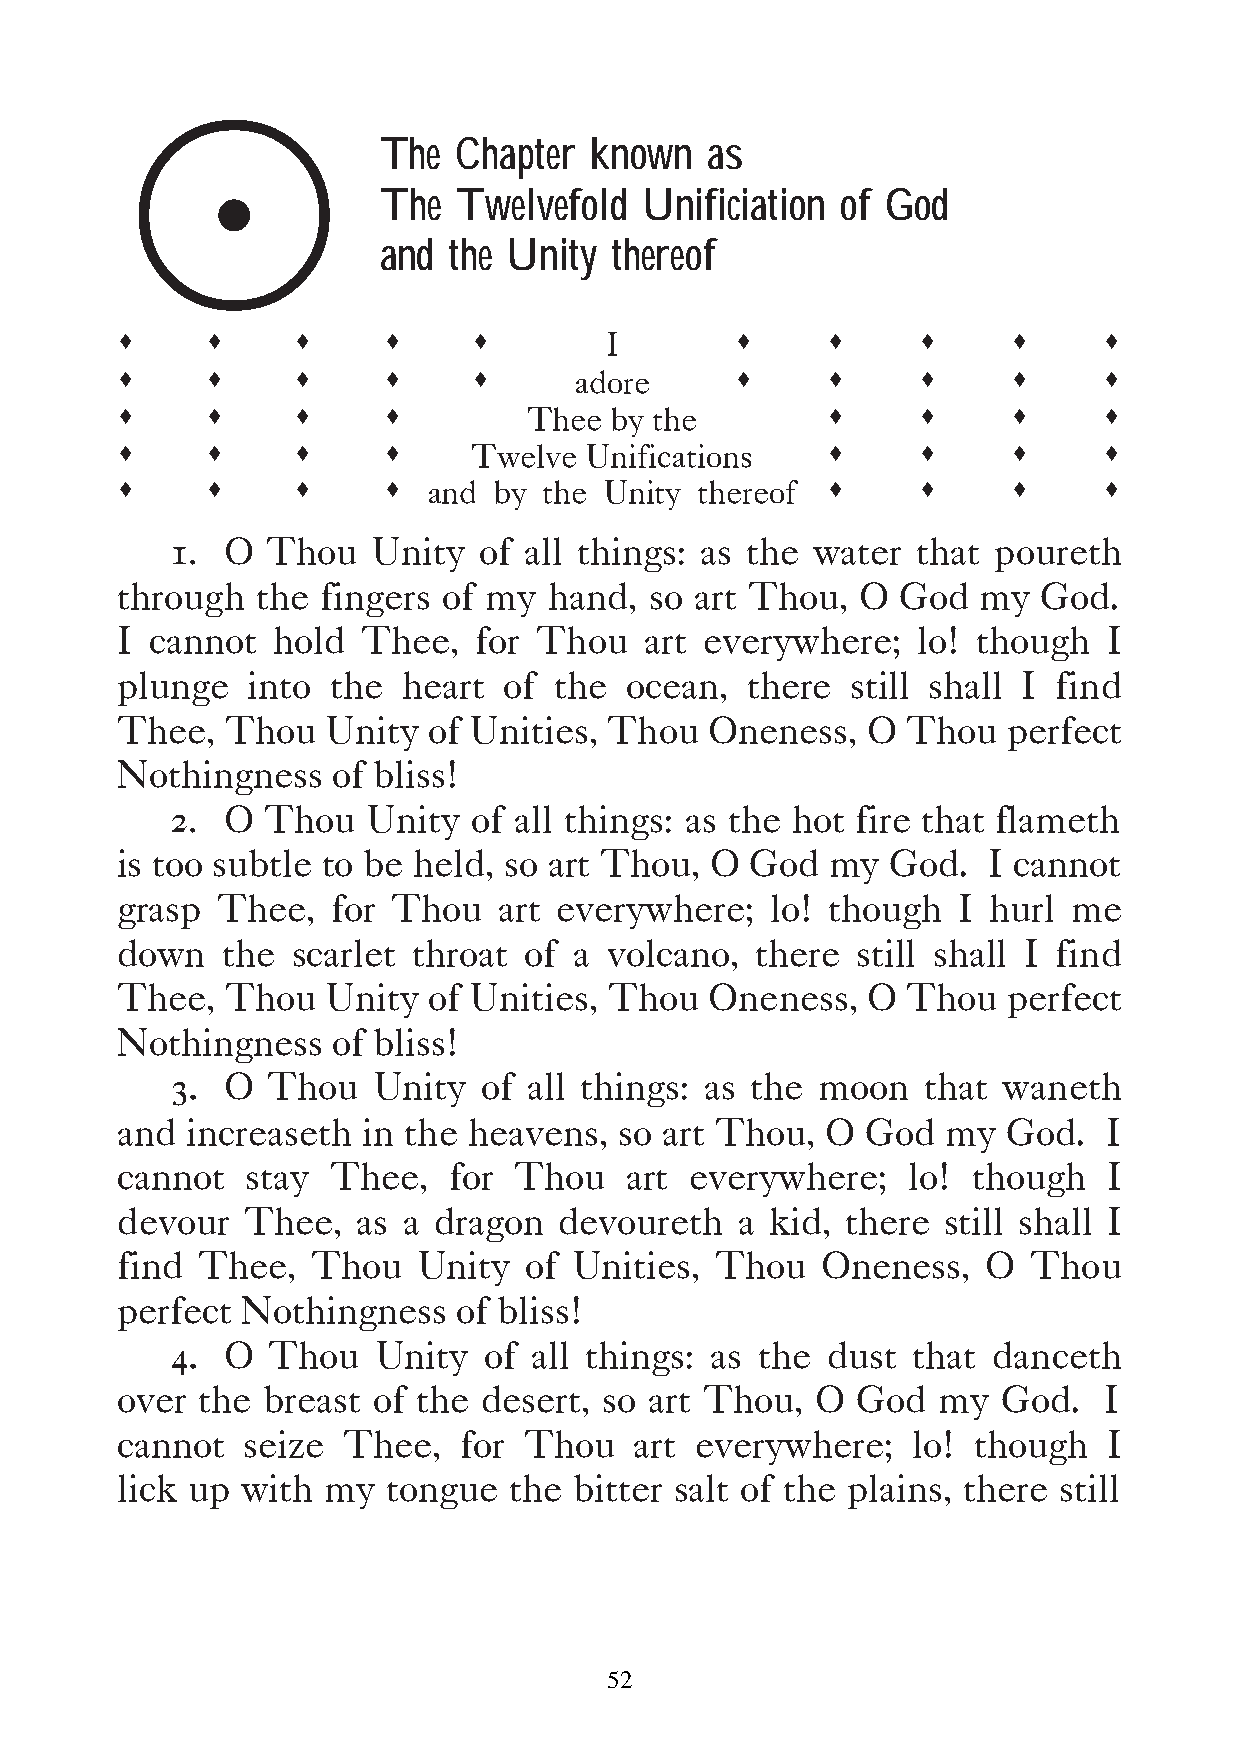
!
 The  Chapter  known   as
 The  Twelvefold   Unificiation of God
 and  the Unity  thereof
 s     s    s     s     s                 s     s     s     s     s
 I
 s     s    s     s     s                 s     s     s     s     s
 adore
 s     s    s     s                             s     s     s     s
 Thee by the
 s     s    s     s                             s     s     s     s
 Twelve  Unifications
 s     s    s     s                             s     s     s     s
 and  by the Unity thereof
 1.  O  Thou   Unity  of all things: as the water  that poureth
 through  the fingers of my  hand,  so art Thou,  O God   my  God.
 I cannot  hold  Thee,   for Thou   art everywhere;   lo! though  I
 plunge  into  the  heart of  the ocean,  there  still shall I find
 Thee,  Thou   Unity of Unities, Thou   Oneness,  O  Thou   perfect
 Nothingness   of bliss!
 2.  O  Thou  Unity  of all things: as the hot fire that flameth
 is too subtle to be held, so art Thou, O  God  my  God.  I cannot
 grasp Thee,   for Thou   art everywhere;   lo! though  I hurl  me
 down   the scarlet throat  of a volcano,  there  still shall I find
 Thee,  Thou   Unity of Unities, Thou   Oneness,  O  Thou   perfect
 Nothingness   of bliss!
 33.. O Thou   Unity  of all things: as the moon   that waneth
 and increaseth  in the heavens,  so art Thou,  O God   my  God.  I
 cannot  stay  Thee,   for Thou   art  everywhere;   lo! though   I
 devour  Thee,   as a dragon  devoureth   a kid, there  still shall I
 find Thee,   Thou   Unity  of Unities, Thou   Oneness,   O  Thou
 perfect Nothingness   of bliss!
 44.. O Thou   Unity  of all things: as the  dust that  danceth
 over the breast  of the desert, so art Thou,  O  God  my  God.   I
 cannot  seize  Thee,   for Thou   art everywhere;   lo! though   I
 lick up with my   tongue  the bitter salt of the plains, there still
 52